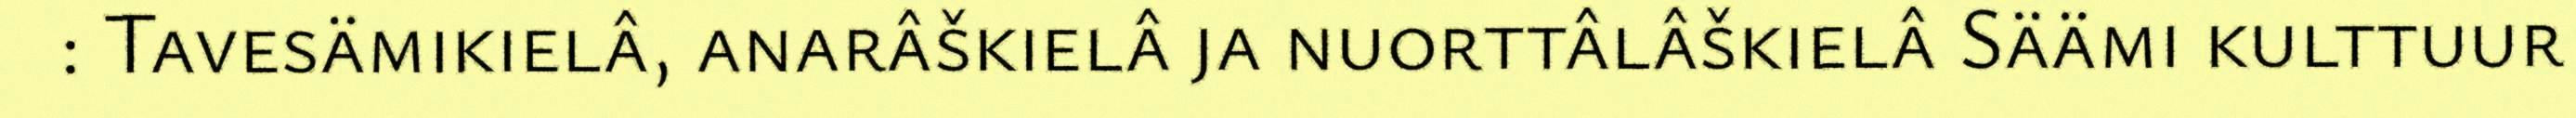
: Tavesämikielâ, anarâškielâ ja nuorttâlâškielâ Säämi kulttuur